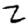
Digit: 2